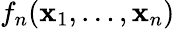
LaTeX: f_{n}(\mathbf{x}_{1},\ldots,\mathbf{x}_{n})